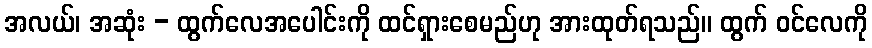
အလယ်၊ အဆုံး - ထွက်လေအပေါင်းကို ထင်ရှားစေမည်ဟု အားထုတ်ရသည်။ ထွက် ဝင်လေကို